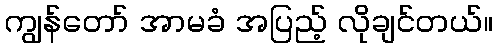
ကျွန်တော် အာမခံ အပြည့် လိုချင်တယ်။